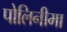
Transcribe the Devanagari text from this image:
पोलिनीमा